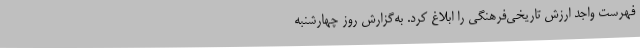
فهرست واجد ارزش تاریخی‌فرهنگی را ابلاغ کرد. به‌گزارش روز چهارشنبه